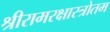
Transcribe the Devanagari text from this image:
श्रीरामरक्षास्त्रोतम